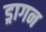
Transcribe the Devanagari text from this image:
ड्रागन